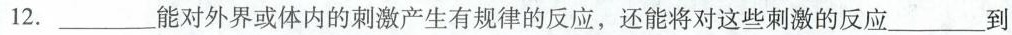
12.___能对外界或体内的刺激产生有规律的反应，还能将对这些刺激的反应___到